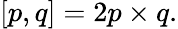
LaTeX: [p,q]=2p\times q.